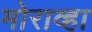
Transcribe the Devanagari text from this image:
मोराव्हा